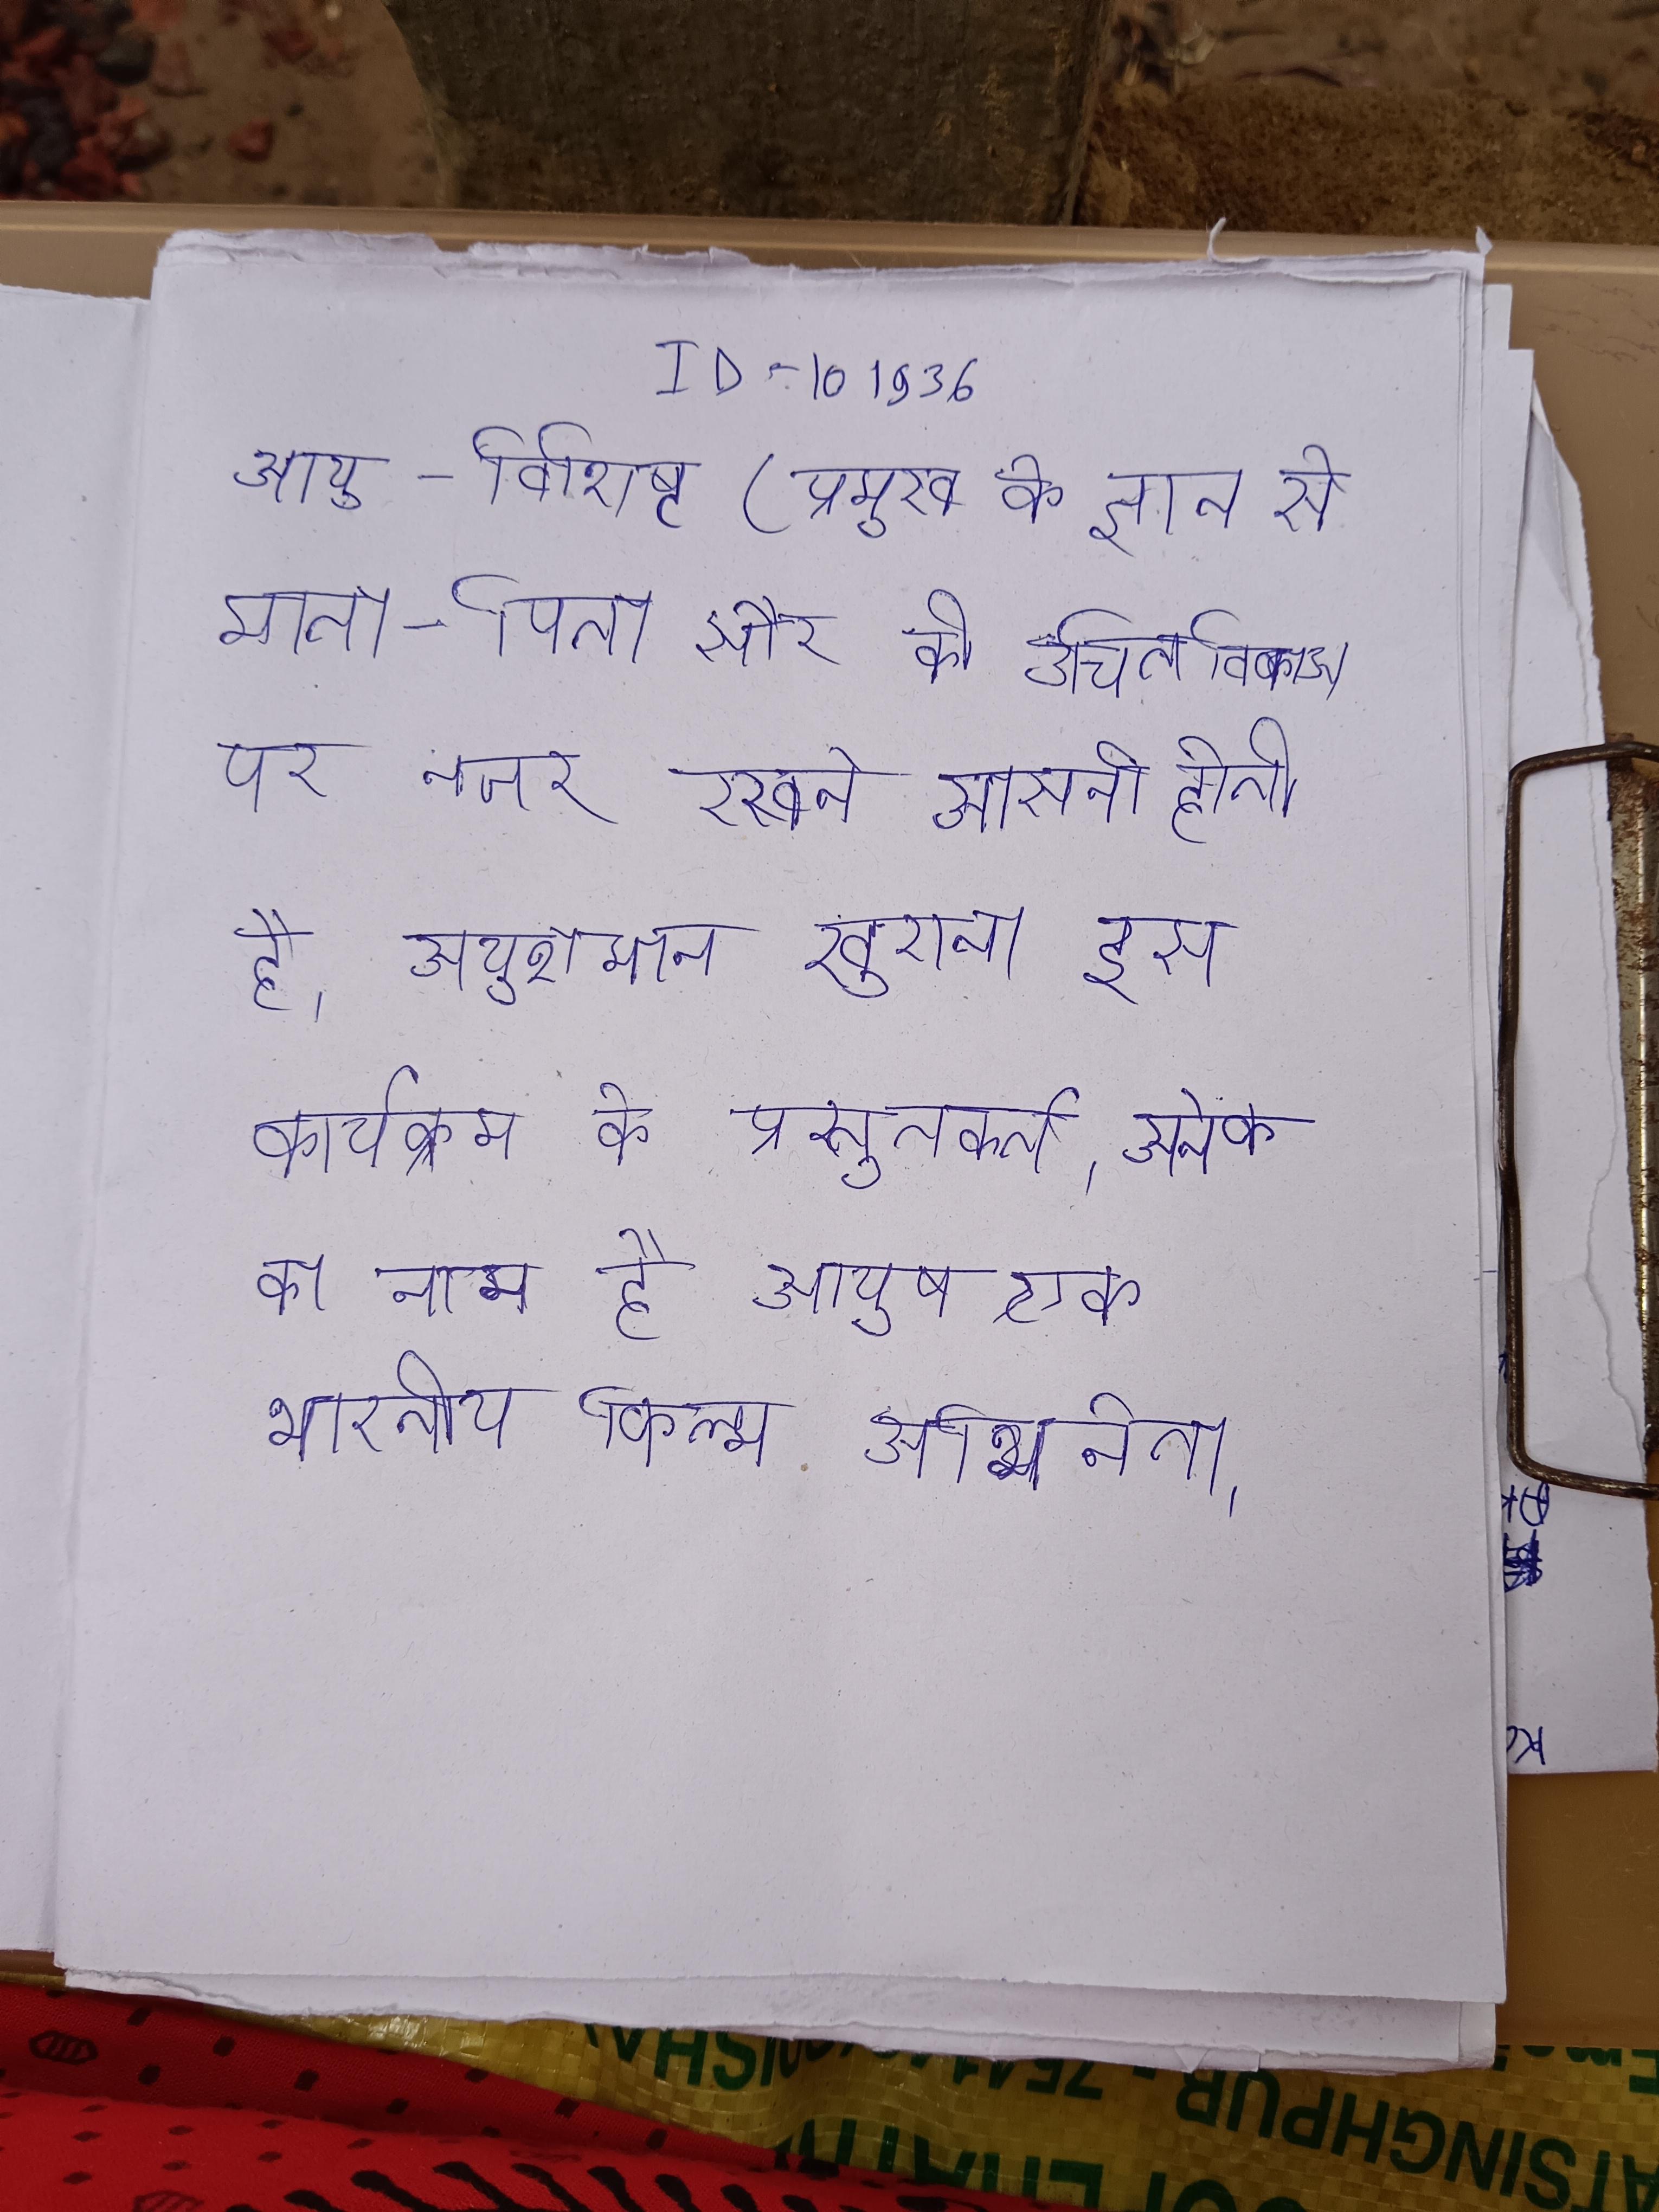
आयु-विशिष्ट (प्रमुख के ज्ञान से माता-पिता और को उचित विकास पर नजर रखने आसानी होती है । आयु वृद्धि के साथ साथ सफलता की दर घटने लगती है । आयुशमान खुराना इस कार्यक्रम के प्रस्तुतकर्ता । अनेक का नाम है आयुष एक भारतीय फिल्म अभिनेता ।